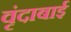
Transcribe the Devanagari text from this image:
वृंदाबाई